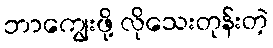
ဘာကျွေးဖို့ လိုသေးတုန်းတဲ့